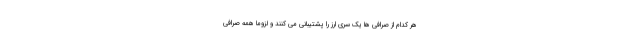
هر کدام از صرافی ها یک سری ارز را پشتیبانی می کنند و لزوما همه صرافی